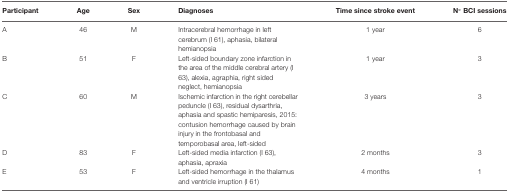
| Participant | Age | Sex | Diagnoses | Time since stroke event | N° BCI sessions |
 | --- | --- | --- | --- | --- | --- |
 | A | 46 | M | Intracerebral hemorrhage in left cerebrum (I 61), aphasia, bilateral hemianopsia | 1 year | 6 |
 | B | 51 | F | Left-sided boundary zone infarction in the area of the middle cerebral artery (I 63), alexia, agraphia, right sided neglect, hemianopsia | 1 year | 3 |
 | C | 60 | M | Ischemic infarction in the right cerebellar peduncle (I 63), residual dysarthria, aphasia and spastic hemiparesis, 2015: contusion hemorrhage caused by brain injury in the frontobasal and temporobasal area, left-sided | 3 years | 3 |
 | D | 83 | F | Left-sided media infarction (I 63), aphasia, apraxia | 2 months | 3 |
 | E | 53 | F | Left-sided hemorrhage in the thalamus and ventricle irruption (I 61) | 4 months | 1 |